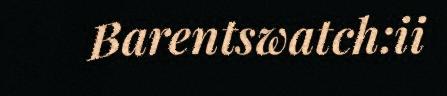
Barentswatch:ii